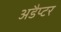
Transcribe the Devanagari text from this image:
अडैप्टर